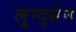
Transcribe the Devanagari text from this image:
लुन्द्ग्रेन